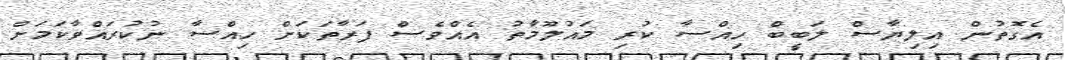
އެގޮތުން އިލިޔާސް ލަބީބް ހިއްސާ ކުރި މައުލޫމާތު އެއްވެސް ފަރާތަކަށް ހިއްސާ ނުކުރައްވާކަމަށް